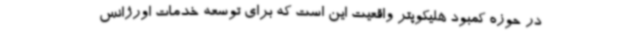
در حوزه کمبود هلیکوپتر واقعیت این است که برای توسعه خدمات اورژانس